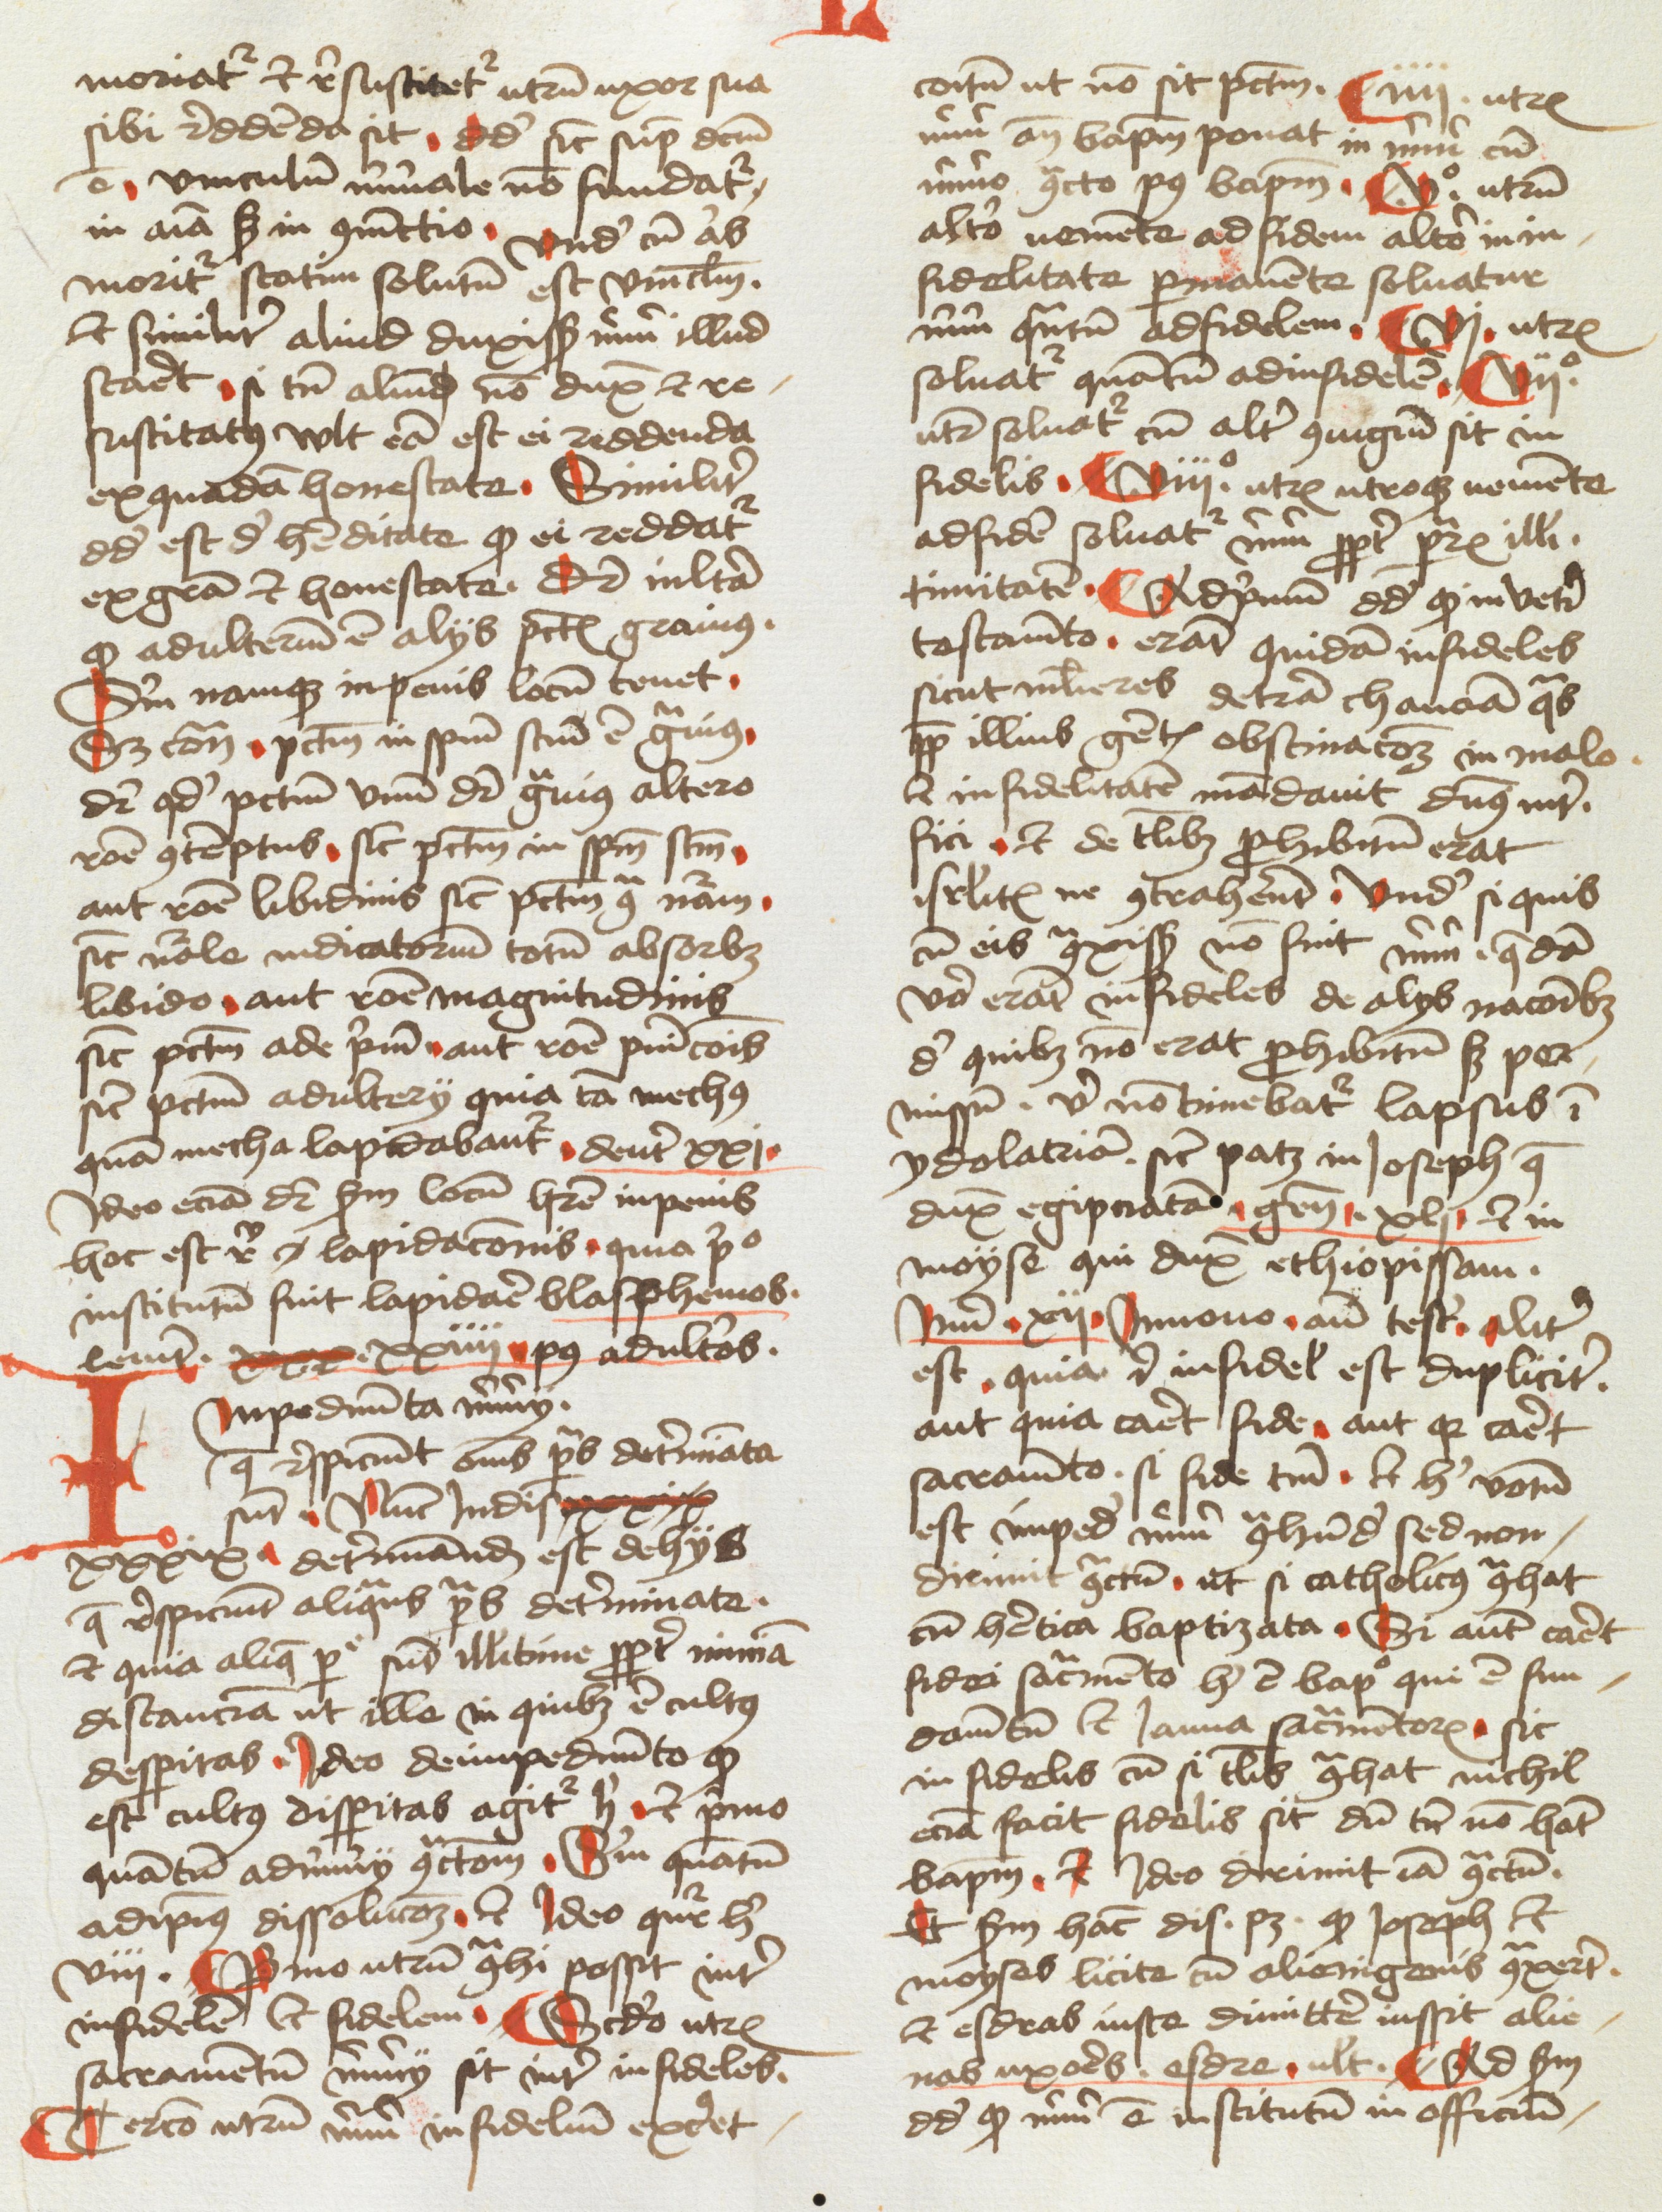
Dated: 1478–1478